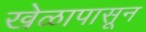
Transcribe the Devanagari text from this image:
खेळापासून